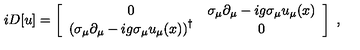
i D [ u ] = \left[ \begin{array} { c c } { 0 } & { \sigma _ { \mu } \partial _ { \mu } - i g \sigma _ { \mu } u _ { \mu } ( x ) } \\ { \left( \sigma _ { \mu } \partial _ { \mu } - i g \sigma _ { \mu } u _ { \mu } ( x ) \right) ^ { \dagger } } & { 0 } \\ \end{array} \right] \ ,